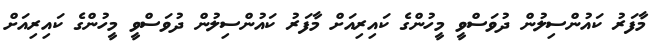
މާފަރު ކައުންސިލުން ދުވަސްވީ މީހުންގެ ކައިރިއަށް މާފަރު ކައުންސިލުން ދުވަސްވީ މީހުންގެ ކައިރިއަށް